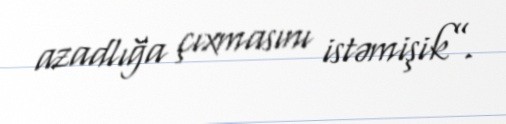
azadlığa çıxmasını istəmişik”.